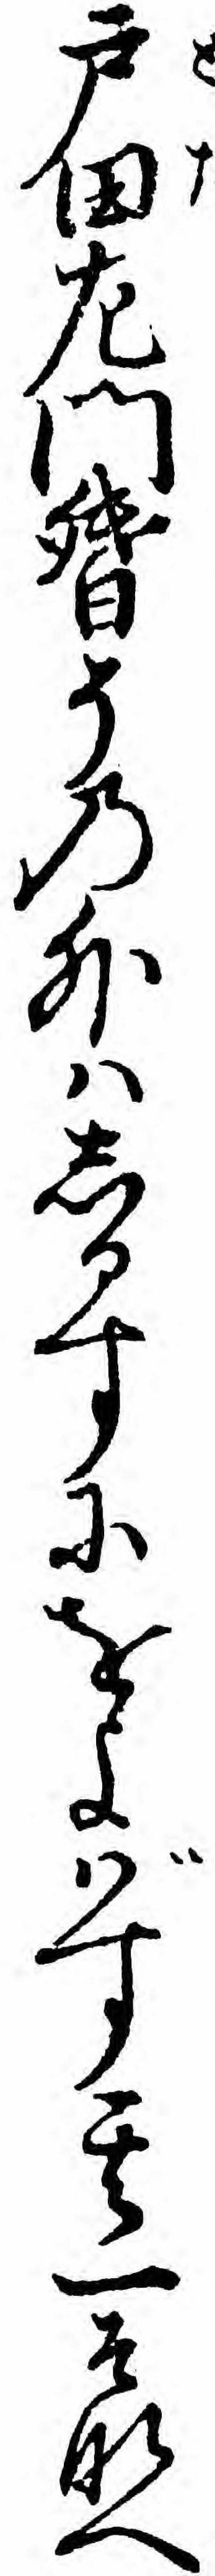
戸田左門督その外ハしるすにをよバす其一そなへ